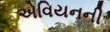
એવિયનની